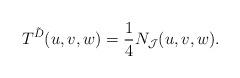
LaTeX: \begin{align*}T^{\tilde{D}}(u, v, w) =\frac{1}{4} N_{\mathcal J}(u, v, w). \end{align*}